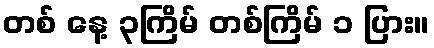
တစ် နေ့ ၃ကြိမ် တစ်ကြိမ် ၁ ပြား။